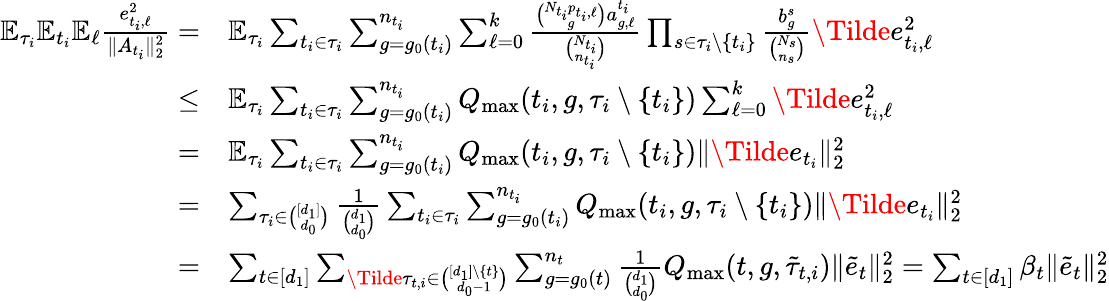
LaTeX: \begin{array}{rl}{\mathbb{E}_{\tau_{i}}\mathbb{E}_{t_{i}}\mathbb{E}_{\ell}\frac{e_{t_{i},\ell}^{2}}{\| A_{t_{i}}\| _{2}^{2}}=}&{\mathbb{E}_{\tau_{i}}\sum_{{t_{i}}\in\tau_{i}}\sum_{g=g_{0}({t_{i}})}^{n_{t_{i}}}\sum_{\ell=0}^{k}\frac{\binom{N_{t_{i}}p_{{t_{i}},\ell}}{g}a_{g,\ell}^{t_{i}}}{\binom{N_{t_{i}}}{n_{t_{i}}}}\prod_{s\in\tau_{i}\setminus\{ t_{i}\} }\frac{b_{g}^{s}}{\binom{N_{s}}{n_{s}}}\Tilde{e}_{t_{i},\ell}^{2}}\\ {\leq}&{\mathbb{E}_{\tau_{i}}\sum_{{t_{i}}\in\tau_{i}}\sum_{g=g_{0}({t_{i}})}^{n_{t_{i}}}Q_{\operatorname*{max}}(t_{i},g,\tau_{i}\setminus\{ t_{i}\} )\sum_{\ell=0}^{k}\Tilde{e}_{t_{i},\ell}^{2}}\\ {=}&{\mathbb{E}_{\tau_{i}}\sum_{{t_{i}}\in\tau_{i}}\sum_{g=g_{0}({t_{i}})}^{n_{t_{i}}}Q_{\operatorname*{max}}(t_{i},g,\tau_{i}\setminus\{ t_{i}\} )\| \Tilde{e}_{t_{i}}\| _{2}^{2}}\\ {=}&{\sum_{\tau_{i}\in\binom{[d_{1}]}{d_{0}}}\frac{1}{\binom{d_{1}}{d_{0}}}\sum_{{t_{i}}\in\tau_{i}}\sum_{g=g_{0}({t_{i}})}^{n_{t_{i}}}Q_{\operatorname*{max}}(t_{i},g,\tau_{i}\setminus\{ t_{i}\} )\| \Tilde{e}_{t_{i}}\| _{2}^{2}}\\ {=}&{\sum_{t\in[d_{1}]}\sum_{\Tilde{\tau}_{t,i}\in\binom{[d_{1}]\setminus\{ t\} }{d_{0}-1}}\sum_{g=g_{0}({t})}^{n_{t}}\frac{1}{\binom{d_{1}}{d_{0}}}Q_{\operatorname*{max}}(t,g,\tilde{\tau}_{t,i})\| \tilde{e}_{t}\| _{2}^{2}=\sum_{t\in[d_{1}]}\beta_{t}\| \tilde{e}_{t}\| _{2}^{2}}\end{array}